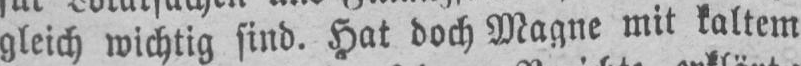
gleich wichtig sind. Hat doch Magne mit kaltem